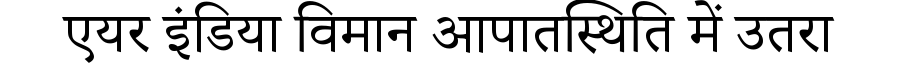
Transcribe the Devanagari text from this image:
एयर इंडिया विमान आपातस्थिति में उतरा